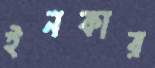
ইনকার